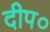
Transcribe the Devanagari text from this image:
दीप०